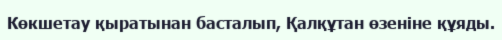
Көкшетау қыратынан басталып, Қалқұтан өзеніне құяды.